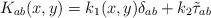
LaTeX: \begin{align*}K_{ab}(x,y) = k_{1}(x,y) \delta_{ab} + k_{2}{\tilde{\tau}}_{ab}\end{align*}